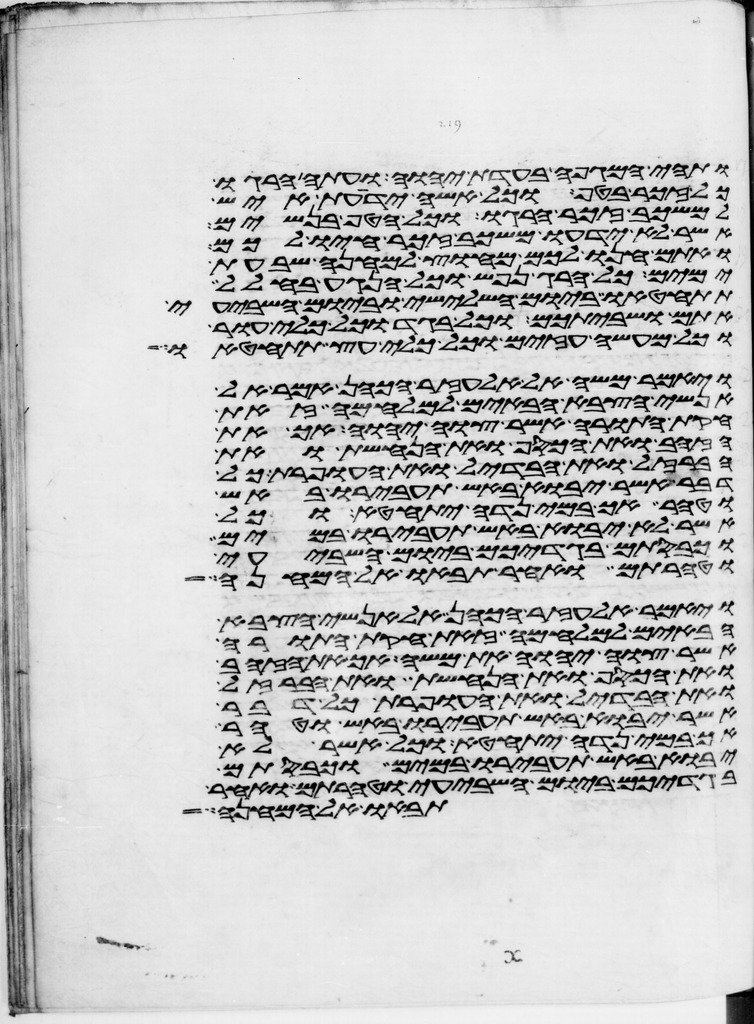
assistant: ותהי המגפה בעדת יהוה ועתה הרגו
כל זכר בטף וכל אשה ידעת איש
למשכב זכר הרגו וכל הטף בנשים
אשר לא ידעו משכב זכר חיו לכם
ואתם חנו לכם מחוץ למחנה שבעת
ימים כל הרג נפש וכל הנגע בחלל
תתחטאו ביום השלישי וביום השביעי
אתם ושביתכם וכל בגד וכל כלי עור
וכל מעשה עזים וכל כלי עץ תתחטאו
ויאמר משה אל אלעזר הכהן אמר אל
אנשי הצבא הבאים למלחמה זאת
חקת התורה אשר צוה יהוה אך את
הזהב ואת הכסף ואת הנחשת ואת
הברזל ואת הבדיל ואת העופרת כל
דבר אשר יבוא באש תעבירו באש
וטהר אך במי נדה יתחטא וכל
אשר לא יבוא באש תעבירו במים
וכבסתם בגדיכם ביום השביעי
וטהרתם ואחר תבאו אל המחנה
ויאמר אלעזר הכהן אל אנשי הצבא
הבאים למלחמה זאת חקת התורה
אשר צוה יהוה את משה אך את הזהב
ואת הכסף ואת הנחשת ואת הברזל
ואת הבדיל ואת העופרת כל דבר
אשר יבוא באש תעבירו באש וטהר
אך במי נדה יתחטא וכל אשר לא
יבוא באש תעבירו במים וכבסתם
בגדיכם ביום השביעי וטהרתם ואחר
תבאו אל המחנה